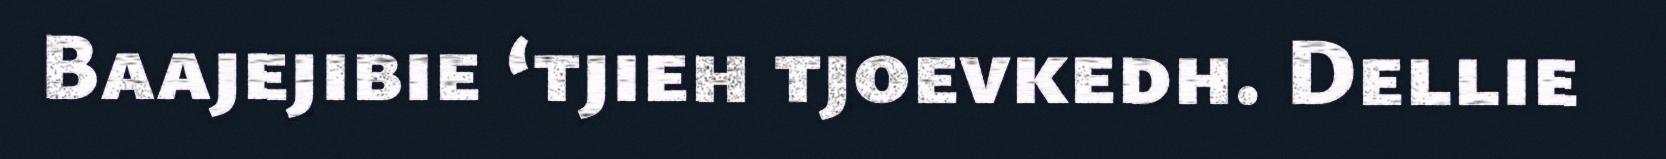
Baajejibie ‘tjieh tjoevkedh. Dellie